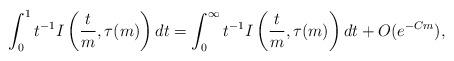
LaTeX: \begin{align*} \int_0^1 t^{-1} I \left( \frac{t}{m} , \tau(m) \right) dt = \int_0^\infty t^{-1} I \left( \frac{t}{m} , \tau(m) \right) dt + O(e^{-Cm}), \end{align*}